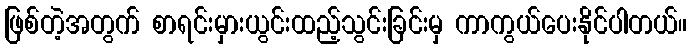
ဖြစ်တဲ့အတွက် စာရင်းမှားယွင်းထည့်သွင်းခြင်းမှ ကာကွယ်ပေးနိုင်ပါတယ်။